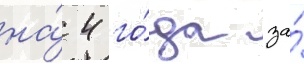
на́ 4 го́да за́